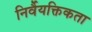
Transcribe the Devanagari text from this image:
निर्वैयक्तिकता